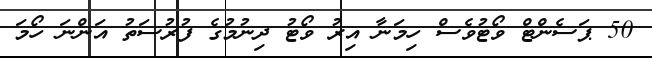
50 ޕަސެންޓް ވޯޓުވެސް ހިމަނާ އިރު ވޯޓު ދިނުމުގެ ފުރުސަތު އަންނަ ހޯމަ